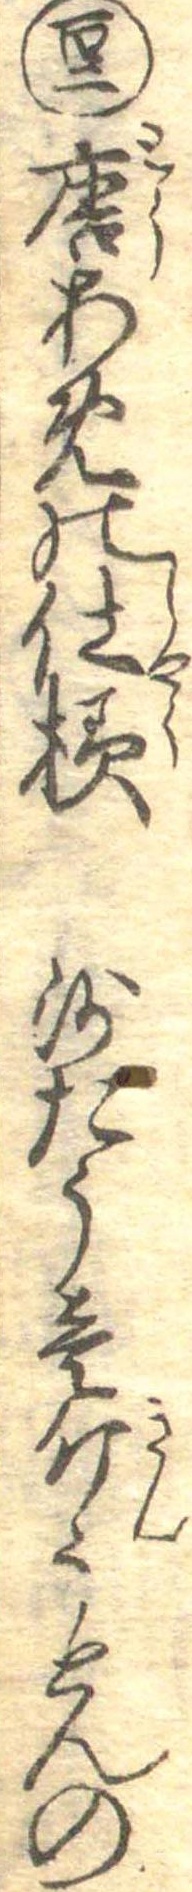
百二唐あめの仕様沙たう壱斤うとんの